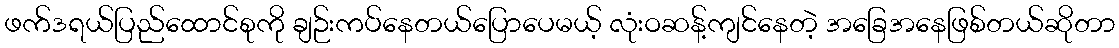
ဖက်ဒရယ်ပြည်ထောင်စုကို ချဉ်းကပ်နေတယ်ပြောပေမယ့် လုံးဝဆန့်ကျင်နေတဲ့ အခြေအနေဖြစ်တယ်ဆိုတာ